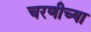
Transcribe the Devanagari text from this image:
चरणीच्या